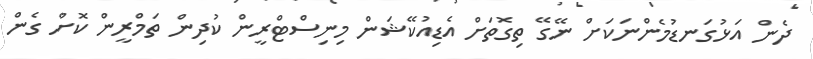
ދެން އަޅުގަނޑުމެންނަކަށް ނޭގޭ ތިގޮތަށް އެޑިއުކޭޝަން މިނިސްޓްރީން ކުދިން ތަމްރީން ކޮށް ގެން